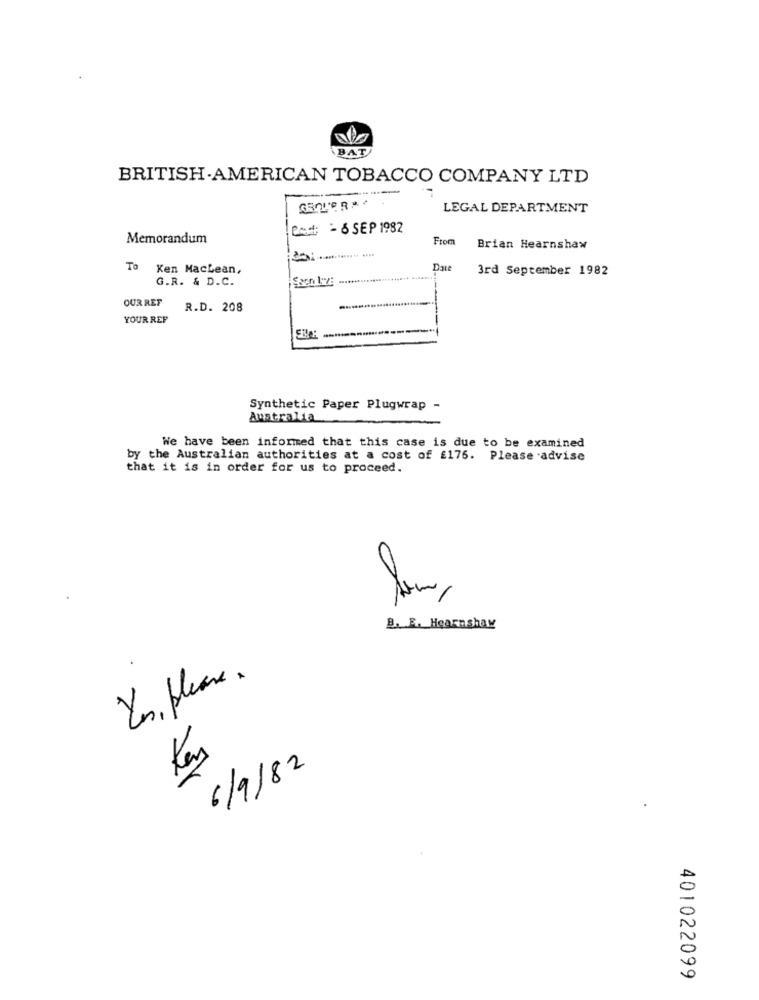
BAT
BRITISH.AMERICAN TOBACCO COMPANY LTD
LEGAL DEPARTMENT
Cod: - 6 SEP 1982
Memorandum
From
Brian Hearnshaw
To
Ken Macbean,
Date
3rd September 1982
G.R. & D.C.
OUR REF
R.D. 208
-
YOUR REF
Synthetic Paper Plugwrap -
Australia
We have been informed that this case is due to be examined
by the Australian authorities at a cost of £176. Please advise
that it is in order for us to proceed.
B. E. Hearnshaw
Yes, please .
6/9/82
401022099